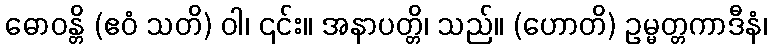
ဓောဝန္တိ (ဧဝံ သတိ) ဝါ၊ ၎င်း။ အနာပတ္တိ၊ သည်။ (ဟောတိ) ဥမ္မတ္တကာဒီနံ၊